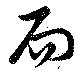
而